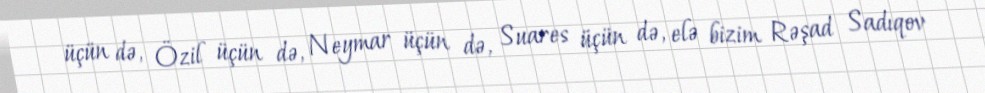
üçün də, Özil üçün də, Neymar üçün də, Suares üçün də, elə bizim Rəşad Sadıqov